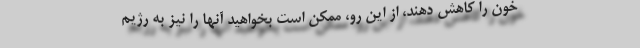
خون را کاهش دهند، از این رو، ممکن است بخواهید آنها را نیز به رژیم